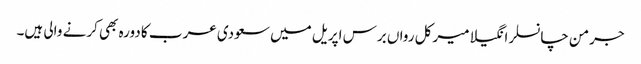
جرمن چانسلر انگیلا میرکل رواں برس اپریل میں سعودی عرب کا دورہ بھی کرنے والی ہیں۔